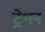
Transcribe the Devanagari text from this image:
ट्रेथन